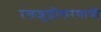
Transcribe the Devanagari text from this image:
रक्तशुद्धीकरणाची